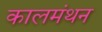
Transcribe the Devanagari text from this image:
कालमंथन